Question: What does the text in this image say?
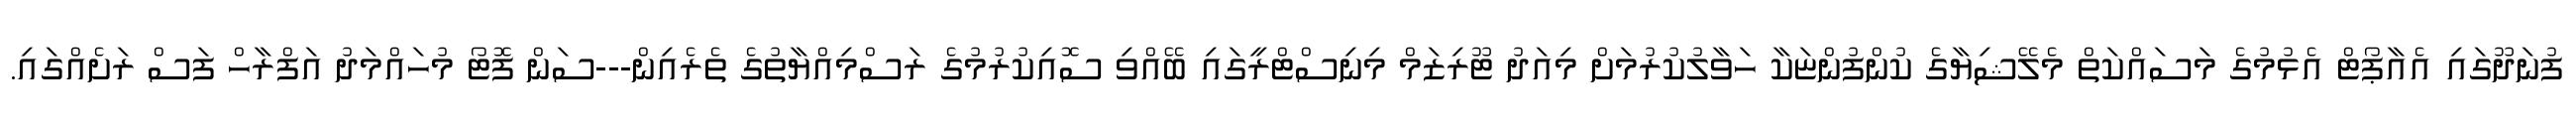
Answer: ފުނަދޫގައި އެއާޕޯޓް އެޅުމުގެ މަސައްކަތް މެލޭޝިޔާގެ ކުންފުންޏަކާ ހަވާލުކުރުމަށް މިއަދު ޓޫރިޒަމް މިނިސްޓްރީގައި ބޭއްވި ސޮއިކުރުމުގެ ރަސްމިއްޔާތުގެ ތެރެއިން---ސަން ފޮޓޯ މުހައްމަދު އަފްރާހް ފަސް ރަށެއްގައި.